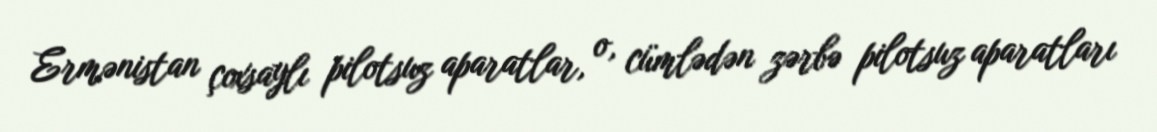
Ermənistan çoxsaylı pilotsuz aparatlar, o, cümlədən zərbə pilotsuz aparatları